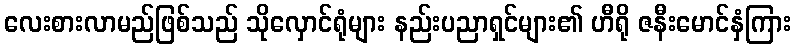
လေးစားလာမည်ဖြစ်သည် သိုလှောင်ရုံများ နည်းပညာရှင်များ၏ ဟီရို ဇနီးမောင်နှံကြား